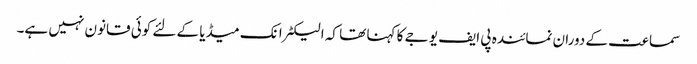
سماعت کے دوران نمائندہ پی ایف یو جے کا کہنا تھا کہ الیکٹرانک میڈیا کے لئے کوئی قانون نہیں ہے۔